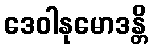
ဒေဝါနုမောဒန္တိ